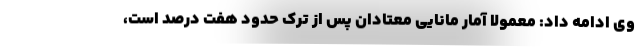
وی ادامه داد: معمولا آمار مانایی معتادان پس از ترک حدود هفت درصد است،